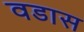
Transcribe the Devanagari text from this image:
वडास